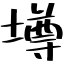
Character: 墫